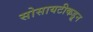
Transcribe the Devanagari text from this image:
सोसायटीकडून